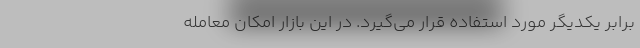
برابر یکدیگر مورد استفاده قرار می‌گیرد. در این بازار امکان معامله